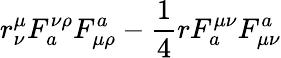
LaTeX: r_{\nu}^{\mu}F_{a}^{\nu\rho}F_{\mu\rho}^{a}-{\frac{1}{4}}rF_{a}^{\mu\nu}F_{\mu\nu}^{a}